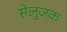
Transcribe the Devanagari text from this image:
सेलुजक